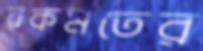
রকমতের